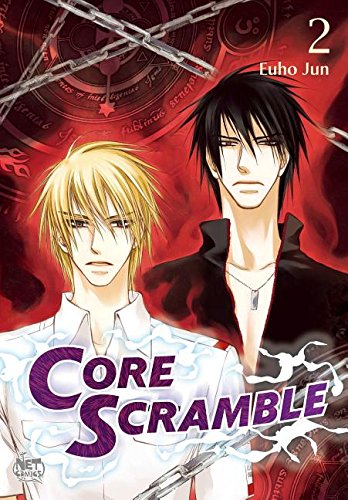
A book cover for Core Scramble Volume 2 (Core Scramble Gn); Euho Jun; Comics & Graphic Novels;